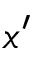
x ^ { \prime }